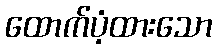
ထောက်ပံ့ထားသော